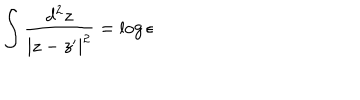
\int \frac { d ^ { 2 } z } { | z - z ^ { \prime } | ^ { 2 } } = \log { \epsilon }